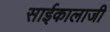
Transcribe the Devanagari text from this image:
साईकालाजी